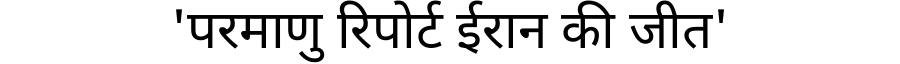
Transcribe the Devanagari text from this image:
'परमाणु रिपोर्ट ईरान की जीत'